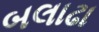
બલાઢા